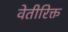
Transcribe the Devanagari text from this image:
वेतीरिक्त